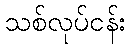
သစ်လုပ်ငန်း